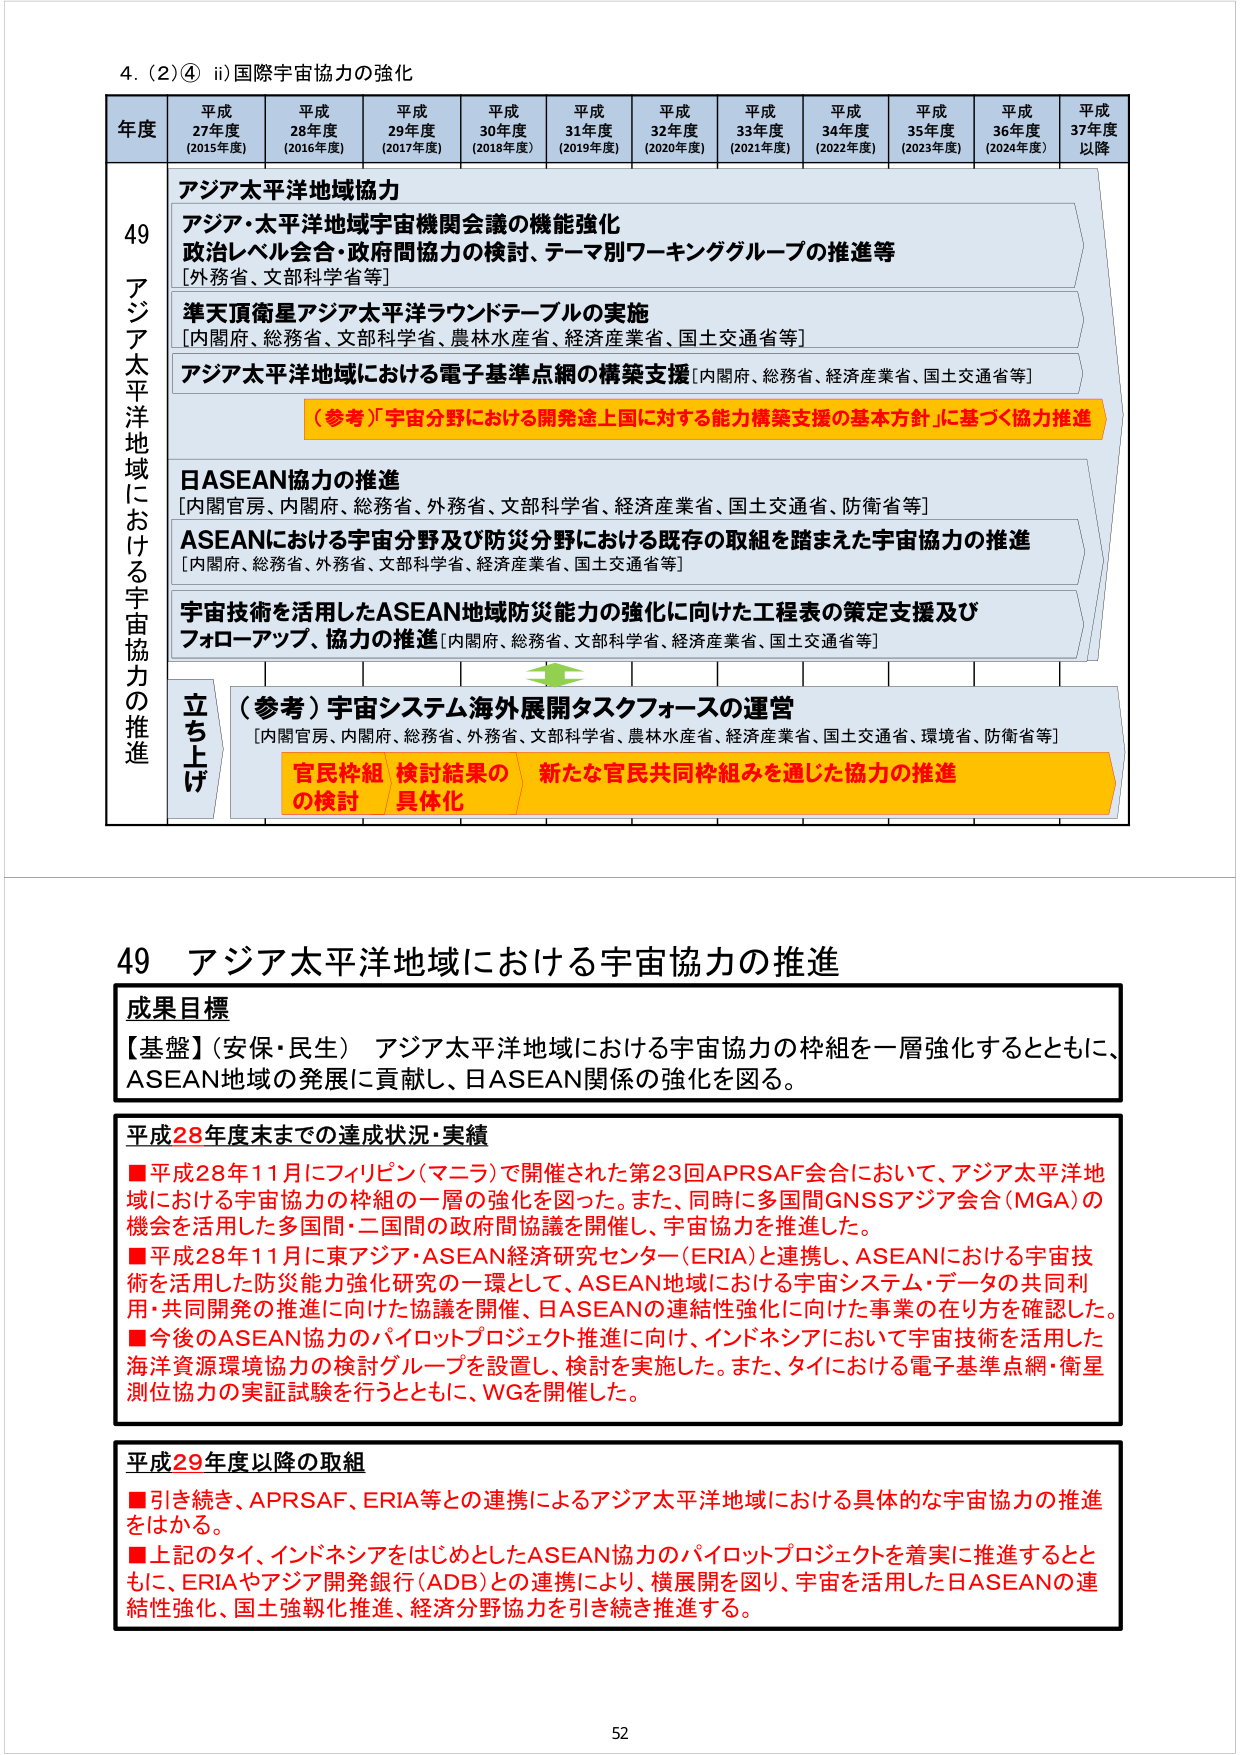
4. (2)④ ii) 国際宇宙協力の強化

年度 平成27年度 (2015年度) 平成28年度 (2016年度) 平成29年度 (2017年度) 平成30年度 (2018年度) 平成31年度 (2019年度) 平成32年度 (2020年度) 平成33年度 (2021年度) 平成34年度 (2022年度) 平成35年度 (2023年度) 平成36年度 (2024年度) 平成37年度以降

49 アジア太平洋地域における宇宙協力の推進

アジア太平洋地域協力
アジア・太平洋地域宇宙機関会議の機能強化
政治レベル会合・政府間協力の検討、テーマ別ワーキンググループの推進等
[外務省、文部科学省等]

準天頂衛星アジア太平洋ラウンドテーブルの実施
[内閣府、総務省、文部科学省、農林水産省、経済産業省、国土交通省等]

アジア太平洋地域における電子基準点網の構築支援 [内閣府、総務省、経済産業省、国土交通省等]
（参考）「宇宙分野における開発途上国に対する能力構築支援の基本方針」に基づく協力推進

日ASEAN協力の推進
[内閣官房、内閣府、総務省、外務省、文部科学省、経済産業省、国土交通省、防衛省等]

ASEANにおける宇宙分野及び防災分野における既存の取組を踏まえた宇宙協力の推進
[内閣府、総務省、外務省、文部科学省、経済産業省、国土交通省等]

宇宙技術を活用したASEAN地域防災能力の強化に向けた工程表の策定支援及びフォローアップ、協力の推進 [内閣府、総務省、文部科学省、経済産業省、国土交通省等]

立ち上げ
（参考）宇宙システム海外展開タスクフォースの運営
[内閣官房、内閣府、総務省、外務省、文部科学省、農林水産省、経済産業省、国土交通省、環境省、防衛省等]

官民枠組の検討 / 検討結果の具体化 / 新たな官民共同枠組みを通じた協力の推進

49 アジア太平洋地域における宇宙協力の推進

成果目標
【基盤】（安保・民生） アジア太平洋地域における宇宙協力の枠組を一層強化するとともに、ASEAN地域の発展に貢献し、日ASEAN関係の強化を図る。

平成28年度末までの達成状況・実績
■ 平成28年11月にフィリピン（マニラ）で開催された第23回APRSAF会合において、アジア太平洋地域における宇宙協力の枠組の一層の強化を図った。また、同時に多国間GNSSアジア会合（MGA）の機会を活用した多国間・二国間の政府間協議を開催し、宇宙協力を推進した。
■ 平成28年11月に東アジア・ASEAN経済研究センター（ERIA）と連携し、ASEANにおける宇宙技術を活用した防災能力強化研究の一環として、ASEAN地域における宇宙システム・データの共同利用・共同開発の推進に向けた協議を開催し、日ASEANの連結性強化に向けた事業の在り方を確認した。
■ 今後のASEAN協力のパイロットプロジェクト推進に向け、インドネシアにおいて宇宙技術を活用した海洋資源環境協力の検討グループを設置し、検討を実施した。また、タイにおける電子基準点網・衛星測位協力の実証試験を行うとともに、WGを開催した。

平成29年度以降の取組
■ 引き続き、APRSAF、ERIA等との連携によるアジア太平洋地域における具体的な宇宙協力の推進をはかる。
■ 上記のタイ、インドネシアをはじめとしたASEAN協力のパイロットプロジェクトを着実に推進するとともに、ERIAやアジア開発銀行（ADB）との連携により、横展開を図り、宇宙を活用した日ASEANの連結性強化、国土強靭化推進、経済分野協力を引き続き推進する。

52